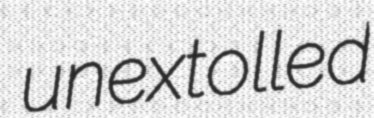
unextolled